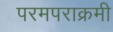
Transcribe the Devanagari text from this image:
परमपराक्रमी